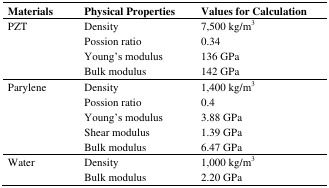
<table><thead><tr><td><b>Materials</b></td><td><b>Physical Properties</b></td><td><b>Values for Calculation</b></td></tr></thead><tbody><tr><td rowspan="4">PZT</td><td>Density</td><td>7,500 kg/m<sup>3</sup></td></tr><tr><td>Possion ratio</td><td>0.34</td></tr><tr><td>Young&#x27;s modulus</td><td>136 GPa</td></tr><tr><td>Bulk modulus</td><td>142 GPa</td></tr><tr><td rowspan="5">Parylene</td><td>Density</td><td>1,400 kg/m<sup>3</sup></td></tr><tr><td>Possion ratio</td><td>0.4</td></tr><tr><td>Young&#x27;s modulus</td><td>3.88 GPa</td></tr><tr><td>Shear modulus</td><td>1.39 GPa</td></tr><tr><td>Bulk modulus</td><td>6.47 GPa</td></tr><tr><td rowspan="2">Water</td><td>Density</td><td>1,000 kg/m<sup>3</sup></td></tr><tr><td>Bulk modulus</td><td>2.20 GPa</td></tr></tbody></table>